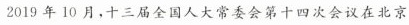
2019年10月，十三届全国人大常委会第十四次会议在北京